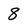
Character: 8